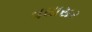
વઘાસર